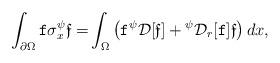
LaTeX: \begin{align*} \int_{\partial \Omega} { \texttt f }\sigma^\psi_x \mathfrak{ f} = & \int_{\Omega } \left( { \texttt f } {}^\psi \mathcal D[\mathfrak {f}] + {}^{{\psi}}\mathcal D_r[{ \texttt f }] \mathfrak {f}\right)dx,\end{align*}